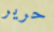
حرير